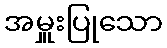
အမှူးပြုသော